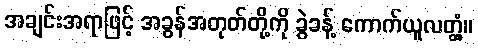
အချင်းအရာဖြင့် အခွန်အတုတ်တို့ကို ခွဲခန့် ကောက်ယူလတ္တံ့။